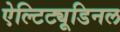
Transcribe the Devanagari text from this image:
ऐल्टिट्यूडिनल